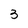
Character: 3